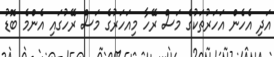
އަދި އެހެން އަހަރުތަކުގެ މަސް ރޭހާ މިއަހަރުގެ މަސް ރޭހުގައި އެންމެ ބޮޑު